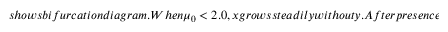
s h o w s b i f u r c a t i o n d i a g r a m . W h e n \mu _ { 0 } < 2 . 0 , x g r o w s s t e a d i l y w i t h o u t y . A f t e r p r e s e n c e o f t h e p r e d a t o r , p o p u l a t i o n o f t h e p r e y s t a r t s t o d e c r e a s e . B o t h s p e c i e s s h o w p r e d i c t a b l e p o p u l a t i o n b e f o r e \mu _ { 0 } = 3 . 0 2 5 , a t w h i c h w e c l a s s i f y a N e i m a r k - S a c k e r b i f u r c a t i o n a s i n P a r a c l e t e . T r a n s i e n t s t a t e s o c c u r b e t w e e n 3 . 0 2 5 < \mu _ { 0 } < 3 . 2 0 0 , a s i n d i c a t e d i n t h e s h a d e d r e g i o n . L a t e r , a 6 - c y c l e a p p e a r s a t \mu _ { 0 } = 3 . 2 4 , w h i c h i s a l s o c o n f i r m e d i n F i g u r e